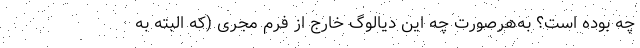
چه بوده است؟ به‌هرصورت چه این دیالوگ خارج از فُرم مجری (که البته به